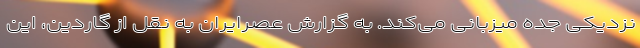
نزدیکی جده میزبانی می‌کند. به گزارش عصرایران به نقل از گاردین، این